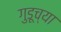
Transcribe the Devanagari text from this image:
गुडूच्या